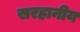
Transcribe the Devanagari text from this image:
सरहानीय